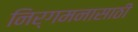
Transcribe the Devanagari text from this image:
निर्गमनासाठी